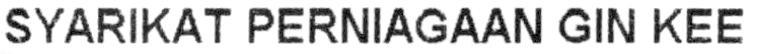
SYARIKAT PERNIAGAAN GIN KEE